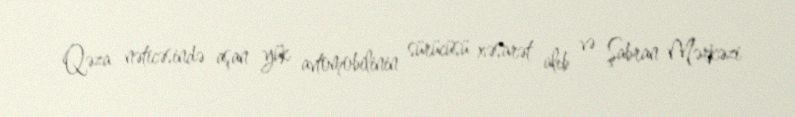
Qəza nəticəsində aşan yük avtomobilinin sürücüsü xəsarət alıb və Şabran Mərkəzi